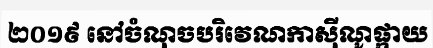
២០១៩ នៅចំណុចបរិវេណកាស៊ីណូផ្កាយ